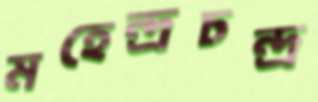
মহেন্দ্রচন্দ্র